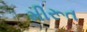
મીરૂત